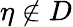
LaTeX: \eta\notin D